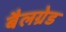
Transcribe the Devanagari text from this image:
बैलग्रेड